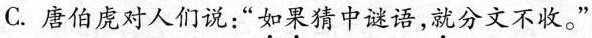
C.唐伯虎对人们说：“如果猜中谜语，就分文不收。”